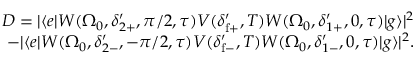
\begin{array} { r } { D = | \langle e | W ( \Omega _ { 0 } , \delta _ { 2 + } ^ { \prime } , \pi / 2 , \tau ) V ( \delta _ { \mathrm { f } + } ^ { \prime } , T ) W ( \Omega _ { 0 } , \delta _ { 1 + } ^ { \prime } , 0 , \tau ) | g \rangle | ^ { 2 } } \\ { - | \langle e | W ( \Omega _ { 0 } , \delta _ { 2 - } ^ { \prime } , - \pi / 2 , \tau ) V ( \delta _ { \mathrm { f } - } ^ { \prime } , T ) W ( \Omega _ { 0 } , \delta _ { 1 - } ^ { \prime } , 0 , \tau ) | g \rangle | ^ { 2 } . } \\ { { } } \end{array}